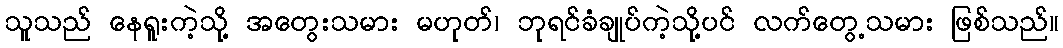
သူသည် နေရူးကဲ့သို့ အတွေးသမား မဟုတ်၊ ဘုရင်ခံချုပ်ကဲ့သို့ပင် လက်တွေ့သမား ဖြစ်သည်။